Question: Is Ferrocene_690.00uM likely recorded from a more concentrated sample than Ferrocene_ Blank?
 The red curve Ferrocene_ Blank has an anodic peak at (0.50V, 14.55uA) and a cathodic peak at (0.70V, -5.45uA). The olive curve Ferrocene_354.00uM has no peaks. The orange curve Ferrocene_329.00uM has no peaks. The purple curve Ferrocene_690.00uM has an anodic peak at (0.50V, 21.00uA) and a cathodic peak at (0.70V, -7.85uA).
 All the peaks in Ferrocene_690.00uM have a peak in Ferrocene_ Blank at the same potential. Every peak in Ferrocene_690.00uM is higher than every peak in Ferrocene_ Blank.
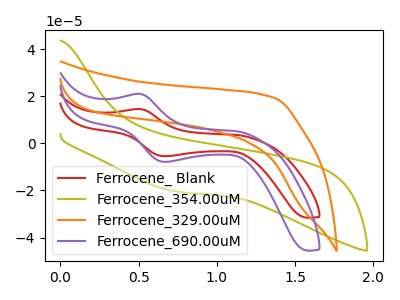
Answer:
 <answer>"Ferrocene_690.00uM" has more signal than "Ferrocene_ Blank".</answer>
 <eval>more_signal</eval>